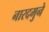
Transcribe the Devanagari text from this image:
नारदमुने